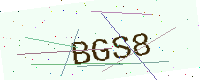
Text: BGS8